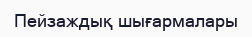
Пейзаждық шығармалары